[Report on the health of British troops in the Madras command]
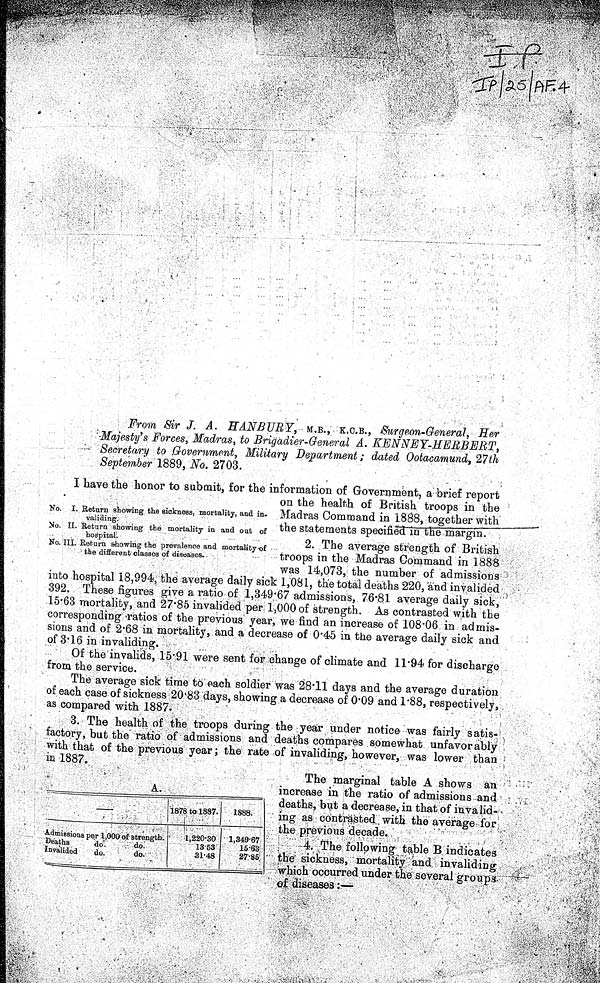
MYSORE DIVISION.
37
Lavatories and Baths. — T h e m e n , m o s t o f t h e m b a t h e i n t h e n a r r o w y a r d s e n c l o s i n g
their huts, though some resort to tanks and wells in the neighbourhood of the lines.
Water-supply .—Two deep wells—one about 500 yards to the east of the lines, the other
about half this distance to the west—afford an abundant supply of drinking water. Three
other wells yield a brackish water used in bathing and other domestic purposes. The
water in use has been analyzed. The result is satisfactory.
Recreation .—Gardening, cricket-playing, &c. ; sufficient.
Duties.—Regimental and garrison guards, parades, drills, cleaning arms and accou
-
trements, and they are not prejudicial to health.
Conservancy .—Satisfactory.
Hospital.—On the present occasion the inspection of the hospital afforded satisfactory
proofs of a well-arranged interior economy and management on the part of the Medical
officer. The buildings in connexion with the hospital are two small detached tile-roofed
buildings, each of one room, and situated one on either side of the main entrance into the
narrow compound in which the hospital is situated. One of these buildings is used as a
hospital guard-room, the other as a surgery. The latrine is about 30 paces to the rear
of the hospital. It is a large structure on the trench plan, and, from faulty structure, with
difficulty kept clean. Dry earth and coal tar are assiduously applied, but fouling of the sides
of the trenches and lodgment of ordure, partly arising from the difficulty of inducing the
sepoys to use the latrine, aught, but, chiefly owing to faulty structure, the effects of these
agents are reduced to a minimum.
Principal diseases .—The principal diseases for the year were dengue 540, ague 46,
rheumatism 14, skin affections 24, bronchitis 12. Sick in hospital this day 14, viz., ague 4,
chronic rheumatism 1, epilepsy 1, bronchitis 2, dysentery 1, diarrhœa 1, boil 2, itch 1, and
sprain 1.
Vaccination .—Vaccinated during the year 20, successful 16, unsuccessful 4.
Out of a regimental strength of 478, I examined 271 ; and of the numbers thus examined,
there were found, exclusive of men with marks of vaccination or of previous variolous dis-
ease, 195 men wholly without marks of vaccination.
Lavatories
and Baths.
Water-supply
Recreation.
Duties.
Conservancy.
Hospital.
Principal dis-
eases.
Vaccination.
MYSORE DIVISION.
Average daily strength present during the year...
...
...
...
4,069
Do. sick per cent. to the average strength...
...
..
3 . 0 2
Ratio of mortality per cent. to the average strength
...
0.63
As the Deputy Surgeon-General of the Mysore Circle has also administra-
tive charge of the Ceded Districts, he has embraced the medical and sanitary
history of both ranges in his annual report. Deputy Surgeon-General Ranking
was in charge of the two districts throughout 1872, and I beg to submit below
his annual report unabridged :—
MYSORE DIVISION AND CEDED DISTRICTS, 1872.
ANNUAL MEDICAL REPORT.
MILITARY.
1. The meteorological and medical annals of the year 1872 are more specially marked
by a rainfall considerably above the average, attended by storms and floods and by the
invasion of the greater part of India by the disease known as " dengue."
The public health of the districts under my medical superintendence has been fair, and
those districts were much more lightly visited by the epidemic above referred to, than other
parts of the presidency.
Epidemic cholera, the disease which so largely governs mortality whether in civil or
military life, was almost absent, but small-pox was rather widely diffused at the earlier part
of the year, and fevers of malarious type were, by report, unusually prevalent.
METEOROLOGY.
2. The meteorological features of the Mysore Division can be studied only from the
results obtained at the Observatory at Bangalore, the only one at present in the province.
Table A. in the Appendix shows the mean results for each week of the year, with quarterly
and annual means, which, as compared with the two preceding years, read as follows:
—
10